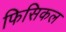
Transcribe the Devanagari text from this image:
फिसिकल